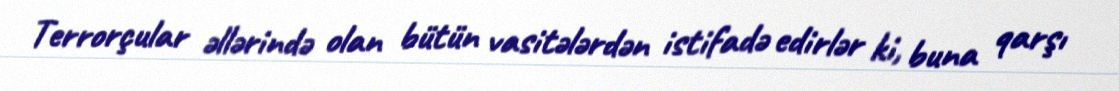
Terrorçular əllərində olan bütün vasitələrdən istifadə edirlər ki, buna qarşı